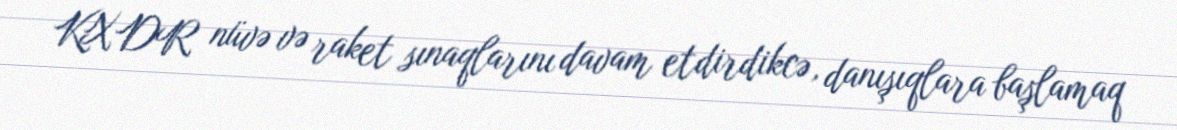
KXDR nüvə və raket sınaqlarını davam etdirdikcə, danışıqlara başlamaq